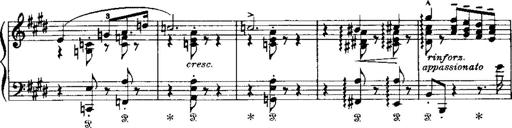
Title: LiebestrÃ¤ume
Composer: Franz Behr
Key: E-flat major